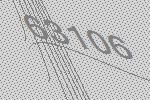
63106